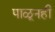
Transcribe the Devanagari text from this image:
पाळूनही